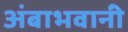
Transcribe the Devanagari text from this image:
अंबाभवानी